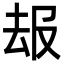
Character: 叝